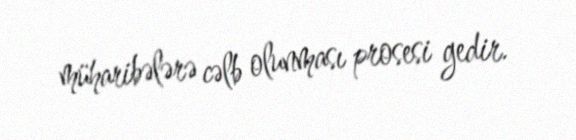
müharibələrə cəlb olunması prosesi gedir.